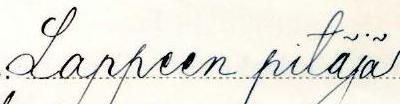
Lappeen pitäjä